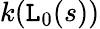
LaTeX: k(\mathtt{L}_{0}(s))